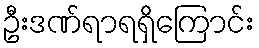
ဦးဒဏ်ရာရရှိကြောင်း